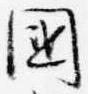
国